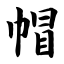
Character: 帽